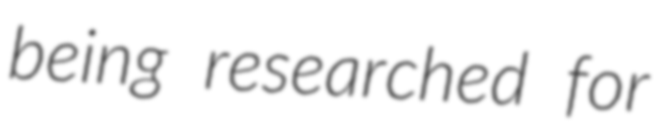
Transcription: being researched for